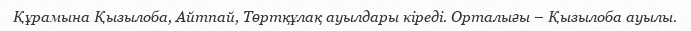
Құрамына Қызылоба, Айтпай, Төртқұлақ ауылдары кіреді. Орталығы – Қызылоба ауылы.